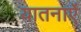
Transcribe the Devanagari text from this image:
यातनाऐं